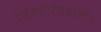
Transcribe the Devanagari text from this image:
ट्राईक्लोरोइथीलीन